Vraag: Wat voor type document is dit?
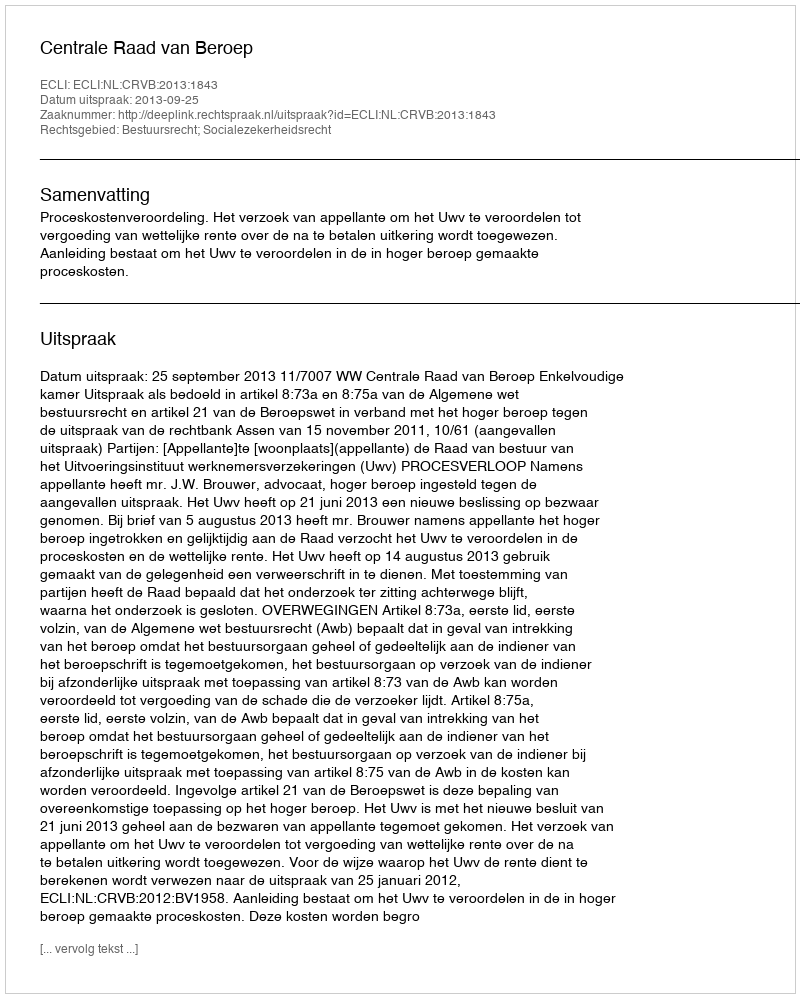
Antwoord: Uitspraak